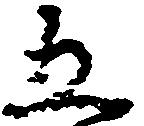
五